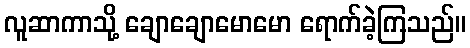
လူဆာကာသို့ ချောချောမောမော ရောက်ခဲ့ကြသည်။